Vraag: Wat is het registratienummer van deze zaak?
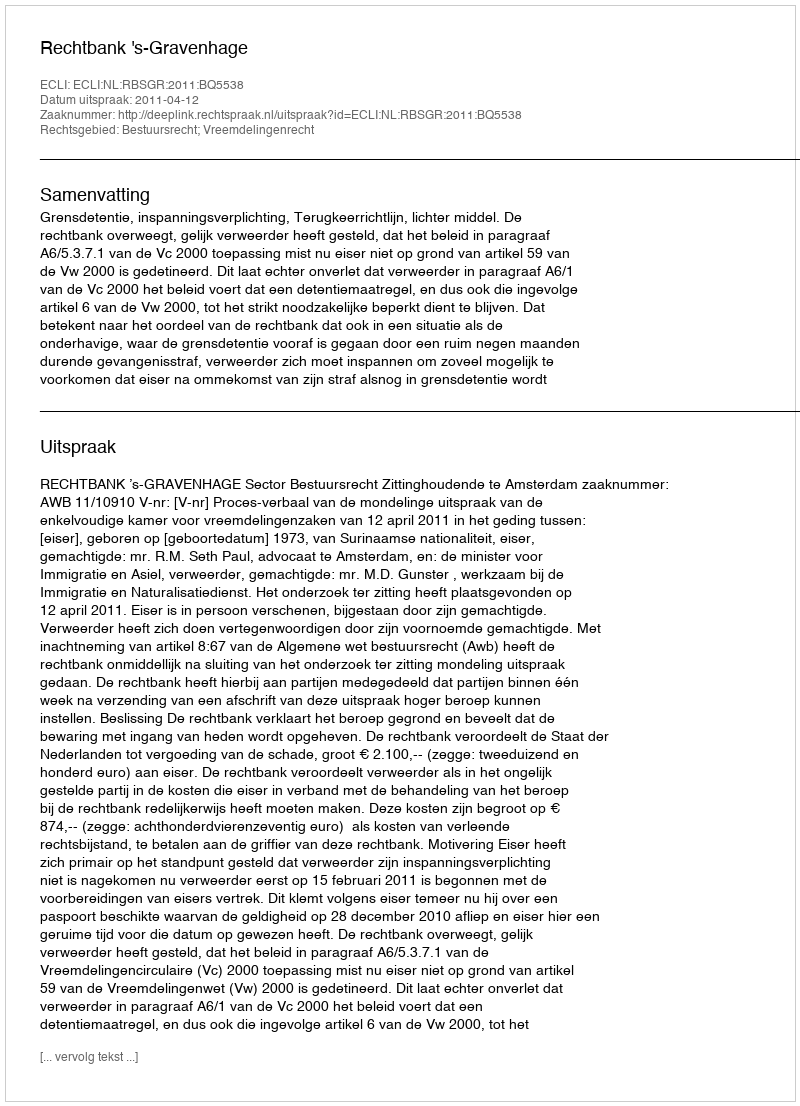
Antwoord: http://deeplink.rechtspraak.nl/uitspraak?id=ECLI:NL:RBSGR:2011:BQ5538